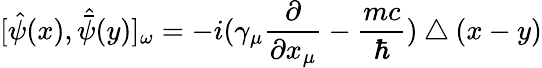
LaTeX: [\hat{\psi}(x),\hat{\bar{\psi}}(y)]_{\omega}=-i(\gamma_{\mu}\frac{\partial}{\partial x_{\mu}}-\frac{mc}{\hbar})\bigtriangleup(x-y)